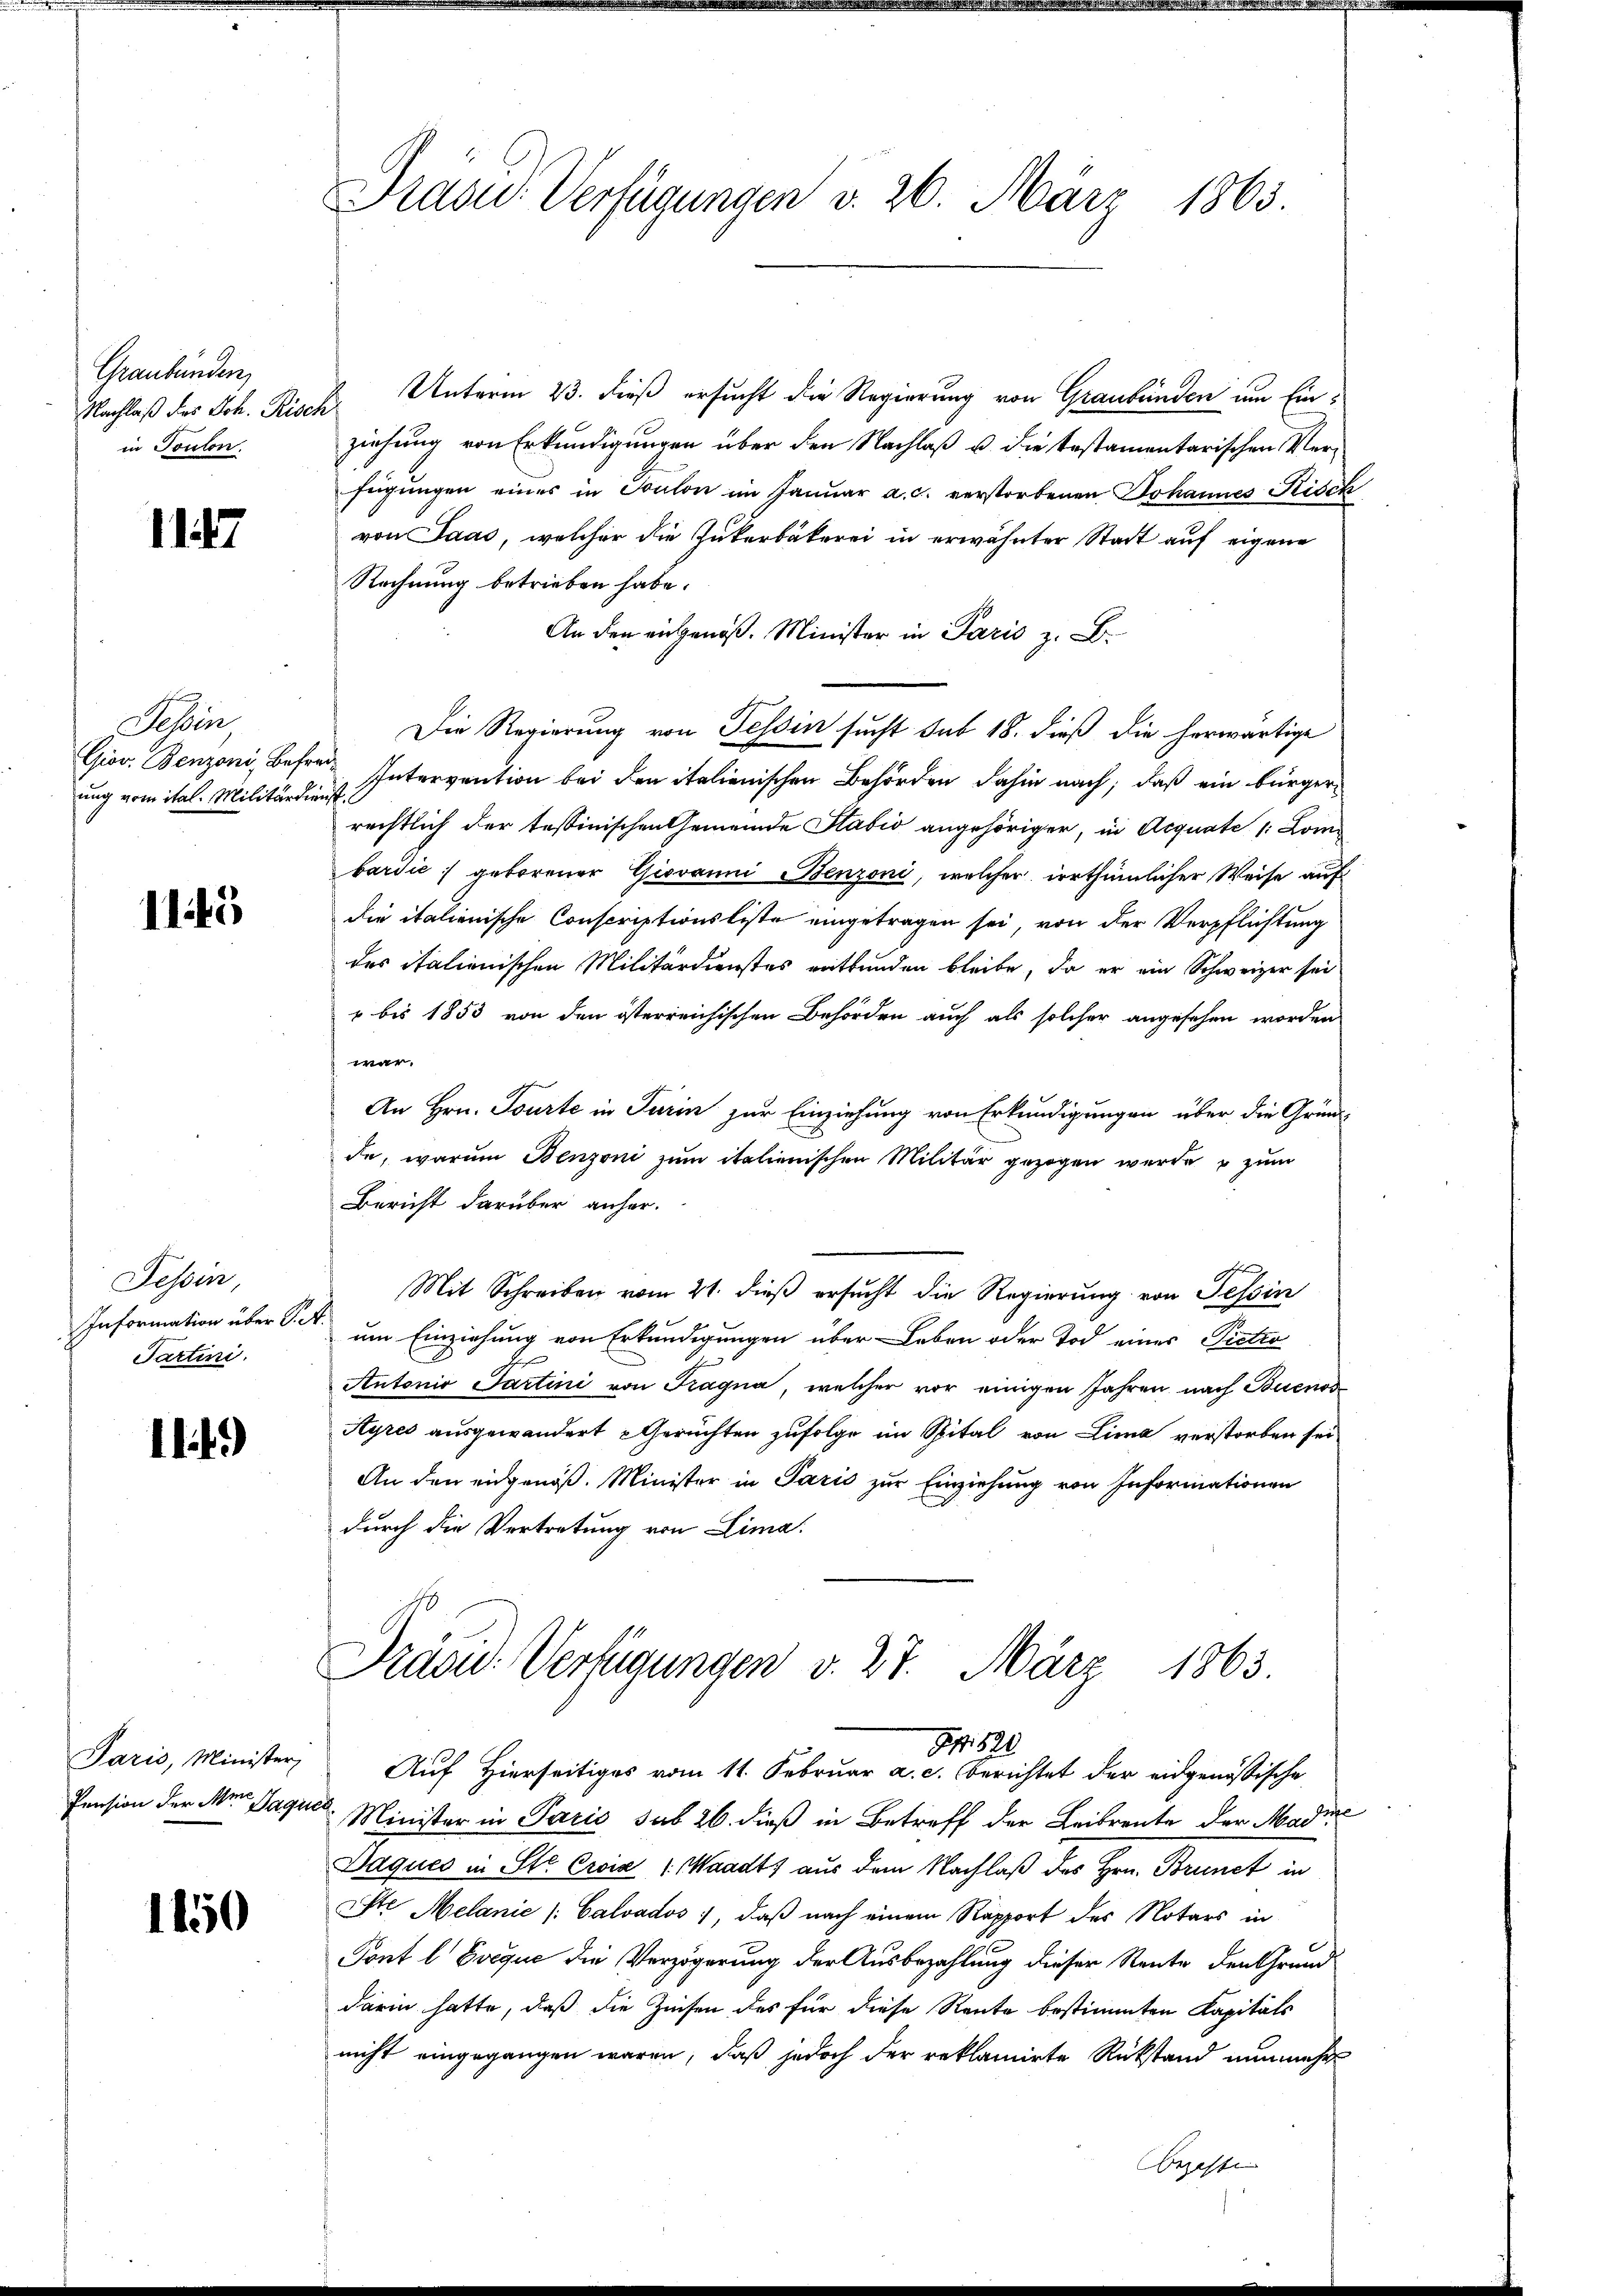
Graubünden
in Toulon.

1147

Sessen,
ung vom ital. Militärdienst

1145

Tessin,
Partini.

111)

Paris, Minister
Pension der Mein Jaqued

1150

Präsid. Verfügungen v. 26. März 1863.

Nachlaß des Joh. Risch Unterm 23. dieß ersucht die Regierung von Graubünden um Einziehung von Erkundigungen über den Nachlaß u. die testamentarischen Verfügungen eines in Toulon im Januar a. c. verstorbenen Johannes Risch
von Saas, welcher die Zukerbäkerei in erwähnter Stadt auf eigene
Rechnung betrieben habe.
An den eingenoß. Minister in Paris z. B.
Die Regierung von Tessin sucht sub 18. dieß die herwärtige
Gior. Benzoni, Befrei Intervention bei den italienischen Behörden dahin nach, daß ein bürgerrechtlich der tessinischen Gemeinde Stabio angehöriger, in Acquate /: Lombardić geborener Giovanni Benzoni, welcher irrthümlicher Weise auf
die italienische Conscriptionsliste eingetragen sei, von der Verpflichtung
des italienischen Militärdienstes entbunden bleibe, da er ein Schweizer sei
2 bis 1853 von den österreichischen Behörden auch als solcher angesehen worden
war.
An Hrn. Tourte in Turin zur Einziehung von Erkundigungen über die Gründ-
de, warum Benzoni zum italienischen Militär gezogen wurde u zum
Bericht darüber anher.
A
Mit Schreiben vom 21. dieß ersucht die Regierung von Tessin
Information über St. um Einziehung von Erkundigungen über Leben oder Tod eines Pectio
Antonio Partini von Fragna, welcher vor einigen Jahren nach Buenos
Ayres ausgewandert Gerichten zufolge im Spital von Lima verstorben sei
An den eingenöß. Minister in Paris zur Einziehung von Informationen
durch die Vertretung von Lima.
Präsid. Verfügungen v. 27. März 1863.
I. 820
Auf Hierseitiges vom 11. Februar a. c. berichtet der eidgenößische
Minister in Paris sub 26. dieß in Betreff der Leibrente der Madire
Daques in St. Croix 1. Waadt aus dem Nachlaß des Hrn. Brunct in
St. Melanie (: Calvados, daß nach einem Rapport des Notars in
Tont l. Evequć die Verzögerung der Ausbezahlung dieser Reute den Grund
darin hatte, daß die Zinsen des für diese Reute bestimmten Kapitals
nicht eingegangen waren, daß jedoch der reklamirte Rükstand nunmehr
Bezahle